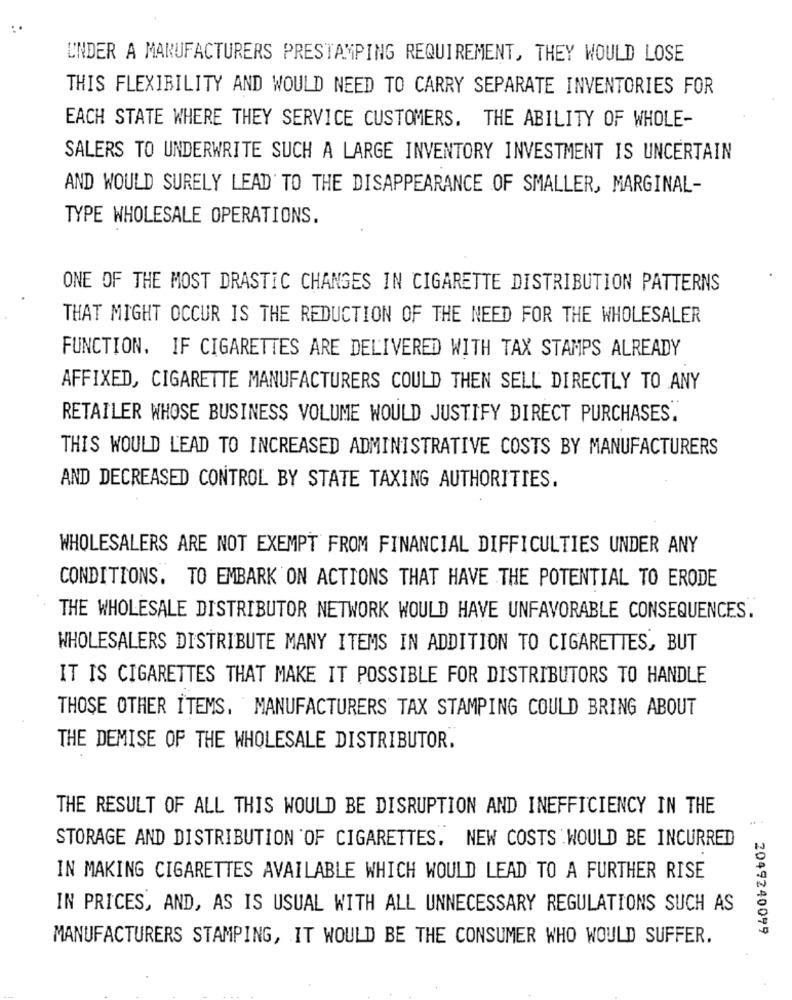
UNDER A MANUFACTURERS PRESTAMPING REQUIREMENT, THEY WOULD LOSE
THIS FLEXIBILITY AND WOULD NEED TO CARRY SEPARATE INVENTORIES FOR
EACH STATE WHERE THEY SERVICE CUSTOMERS. THE ABILITY OF WHOLE-
SALERS TO UNDERWRITE SUCH A LARGE INVENTORY INVESTMENT IS UNCERTAIN
AND WOULD SURELY LEAD TO THE DISAPPEARANCE OF SMALLER, MARGINAL-
TYPE WHOLESALE OPERATIONS.
ONE OF THE MOST DRASTIC CHANGES IN CIGARETTE DISTRIBUTION PATTERNS
THAT MIGHT OCCUR IS THE REDUCTION OF THE NEED FOR THE WHOLESALER
FUNCTION. IF CIGARETTES ARE DELIVERED WITH TAX STAMPS ALREADY
AFFIXED, CIGARETTE MANUFACTURERS COULD THEN SELL DIRECTLY TO ANY
RETAILER WHOSE BUSINESS VOLUME WOULD JUSTIFY DIRECT PURCHASES.
THIS WOULD LEAD TO INCREASED ADMINISTRATIVE COSTS BY MANUFACTURERS
AND DECREASED CONTROL BY STATE TAXING AUTHORITIES.
WHOLESALERS ARE NOT EXEMPT FROM FINANCIAL DIFFICULTIES UNDER ANY
CONDITIONS. TO EMBARK ON ACTIONS THAT HAVE THE POTENTIAL TO ERODE
THE WHOLESALE DISTRIBUTOR NETWORK WOULD HAVE UNFAVORABLE CONSEQUENCES.
WHOLESALERS DISTRIBUTE MANY ITEMS IN ADDITION TO CIGARETTES, BUT
IT IS CIGARETTES THAT MAKE IT POSSIBLE FOR DISTRIBUTORS TO HANDLE
THOSE OTHER ITEMS, MANUFACTURERS TAX STAMPING COULD BRING ABOUT
THE DEMISE OF THE WHOLESALE DISTRIBUTOR.
THE RESULT OF ALL THIS WOULD BE DISRUPTION AND INEFFICIENCY IN THE
STORAGE AND DISTRIBUTION OF CIGARETTES. NEW COSTS WOULD BE INCURRED
IN MAKING CIGARETTES AVAILABLE WHICH WOULD LEAD TO A FURTHER RISE
IN PRICES, AND, AS IS USUAL WITH ALL UNNECESSARY REGULATIONS SUCH AS
2049240099
MANUFACTURERS STAMPING, IT WOULD BE THE CONSUMER WHO WOULD SUFFER.